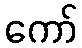
ကော်